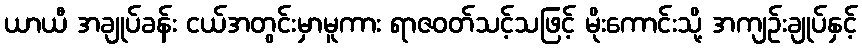
ယာယီ အချုပ်ခန်း ငယ်အတွင်းမှာမူကား ရာဇဝတ်သင့်သဖြင့် မိုးကောင်းသို့ အကျဉ်းချုပ်နှင့်